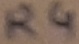
Text: R4